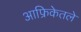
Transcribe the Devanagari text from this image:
आफ्रिकेतले